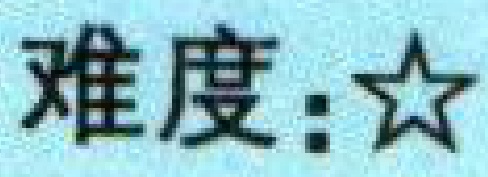
难度：$\star$